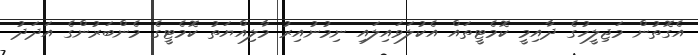
އެގޮތުން މަޖިލީހުގެ ދާއިމީ ކޮމެޓީތައް އެކުލަވައިލައި ނިމުނުއިރު މާލިއްޔަތު ކޮމެޓީގެ މެންބަރުންގެ އަދަދު